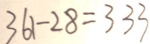
3 6 1 - 2 8 = 3 3 3